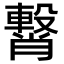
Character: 𮝥